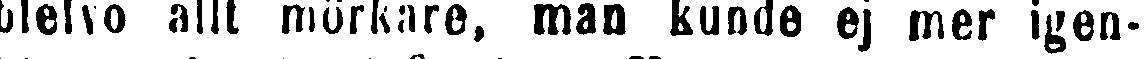
blefvo allt mörkare, man kunde ej mer igen-